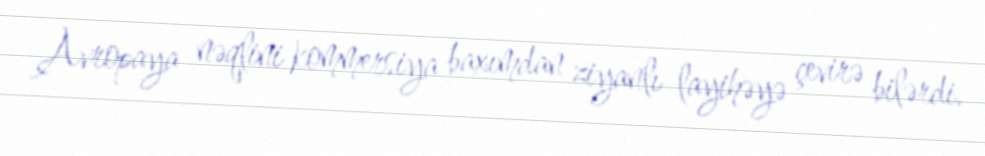
Avropaya nəqlini kommersiya baxımdan ziyanlı layihəyə çevirə bilərdi.